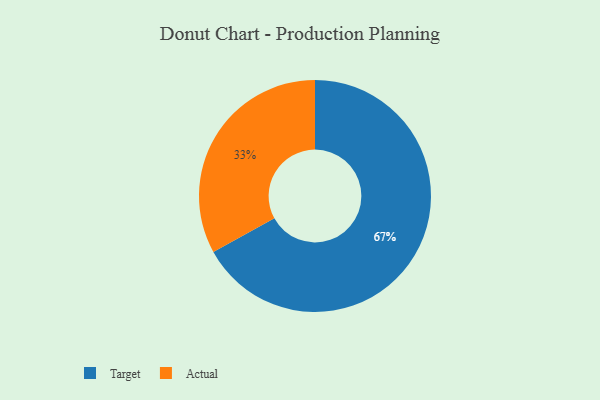
{"axis": {"x": "Category", "y": "Percentage"}, "legend": ["Actual", "Target"], "data": [{"x": "Actual", "y": 33, "type": "Actual"}, {"x": "Target", "y": 67, "type": "Target"}]}